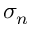
\sigma _ { n }